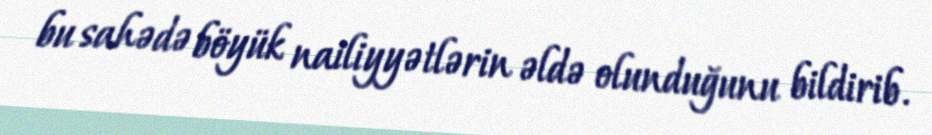
bu sahədə böyük nailiyyətlərin əldə olunduğunu bildirib.